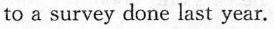
to a survey done last year.